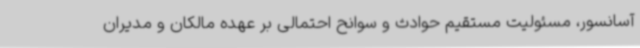
آسانسور، مسئولیت مستقیم حوادث و سوانح احتمالی بر عهده مالکان و مدیران